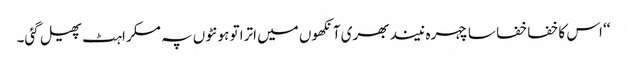
‘‘ اس کا خفا خفا سا چہرہ نیند بھری آنکھوں میں اترا تو ہونٹوں پہ مسکراہٹ پھیل گئی۔